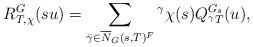
LaTeX: \begin{align*}R^G_{T,\chi}(su) = \sum_{\bar{\gamma}\in \overline{N}_G(s, T)^F}{}^\gamma \chi(s) Q^{G_s}_{{}^\gamma T}(u), \end{align*}